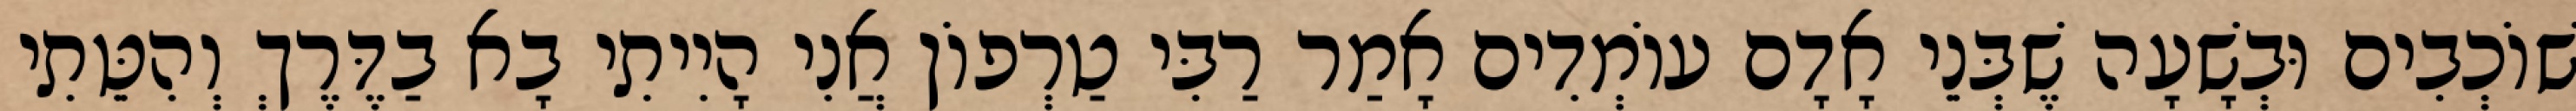
שׁוֹכְבִים וּבְשָׁעָה שֶׁבְּנֵי אָדָם עוֹמְדִים אָמַר רַבִּי טַרְפוֹן אֲנִי הָיִיתִי בָא בַדֶּרֶךְ וְהִטֵּתִי